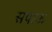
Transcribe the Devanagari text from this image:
सपाऊ